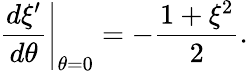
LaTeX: \left.{\frac{d\xi^{\prime}}{d\theta}}\right|_{\theta=0}=-{\frac{1+\xi^{2}}{2}}.